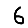
Digit: 6